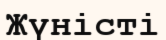
Жүністі